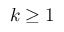
k \geq 1